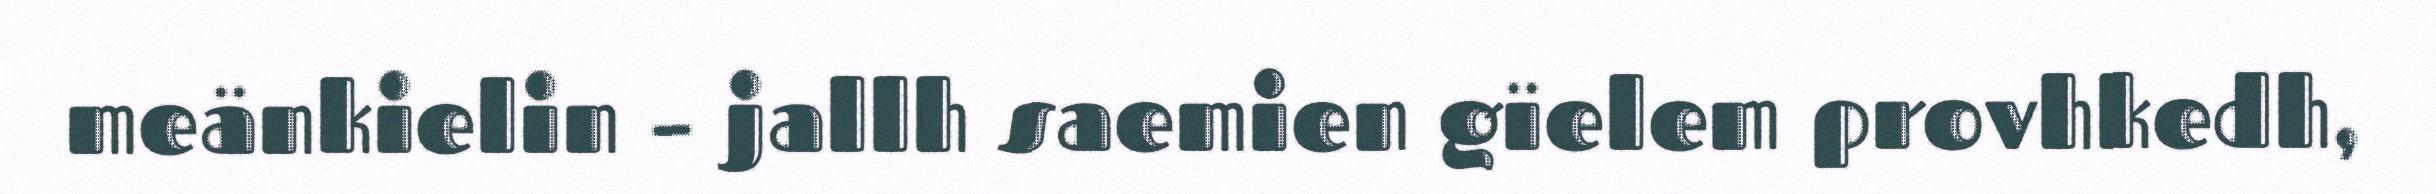
meänkielin – jallh saemien gïelem provhkedh,